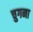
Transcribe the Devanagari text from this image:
चुगना